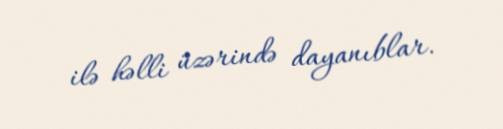
ilə həlli üzərində dayanıblar.